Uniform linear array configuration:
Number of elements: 32
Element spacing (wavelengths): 0.25
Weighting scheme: exponential
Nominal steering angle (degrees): -15
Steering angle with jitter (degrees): -14.136
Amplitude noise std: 0.05
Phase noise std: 0.05

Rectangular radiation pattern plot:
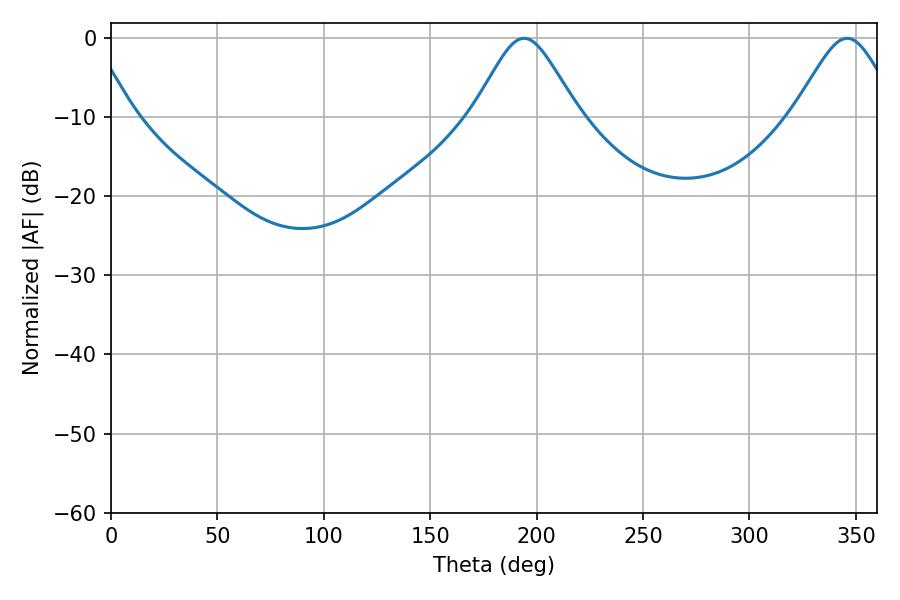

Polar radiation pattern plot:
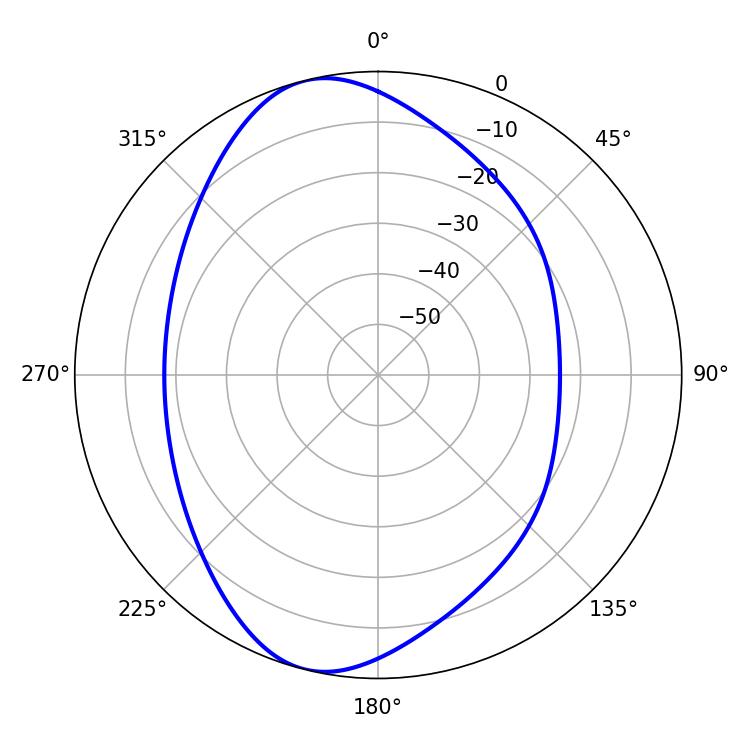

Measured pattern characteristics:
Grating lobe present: FALSE
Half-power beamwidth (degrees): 23.94
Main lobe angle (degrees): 194.04